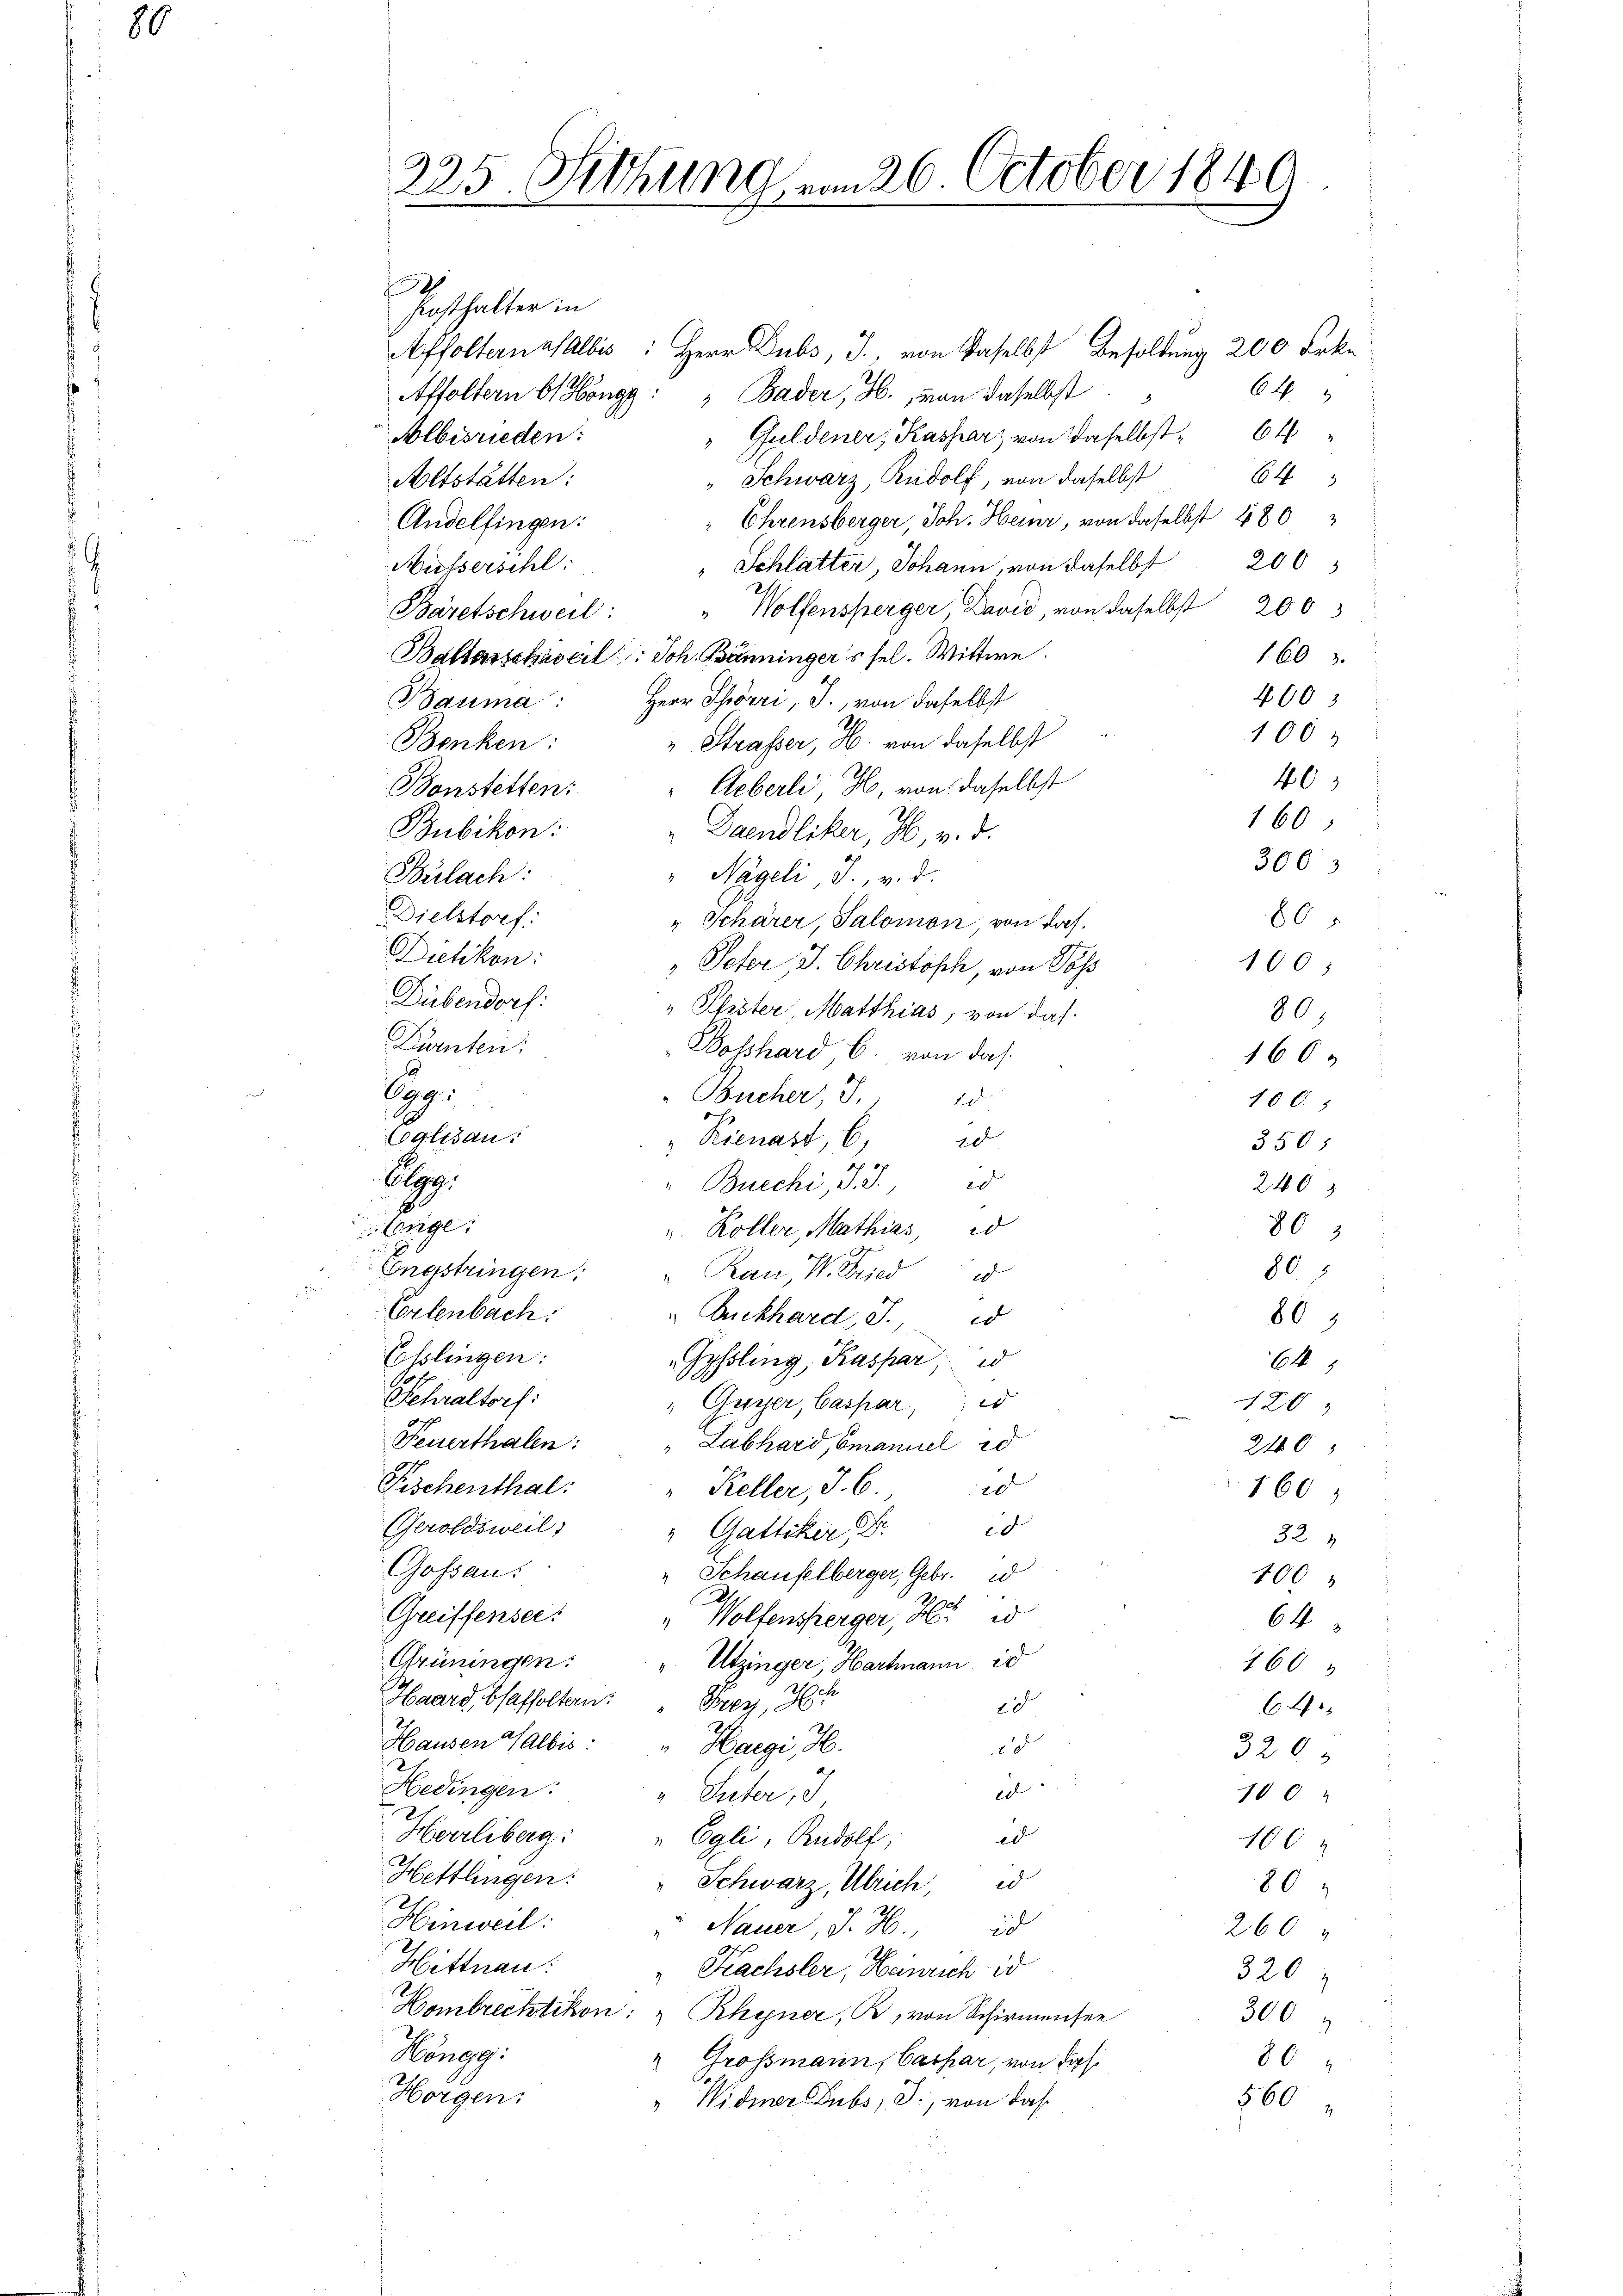
80

225 Sitzung vom 26. October 1840

Posthalter in
Affolternasalbis: Herr Dubs, J., von daselbst Besoldung 200 Frkn
64
Affoltern b Höngg: " Bader, H., von daselbst
 Guldener, Kassar, von daselbst
Albisrieden:
64
" Schwarz, Rudolf, von daselbst
Altstätten:
Ehrensberger, Joh. Heinr, von daselbst 480
Andelfingen:
" Schlatter, Johann, von daselbst 200
Musserschl
Bäretschweil: " Wolfensperger David, von daselbst 200
Baltarschaserl. Joh. Bänninger's sel. Wittwe.
1603
4003
Bauma: Herr Schörri, J., von daselbst
100
" Strasser, H. von daselbst
Benken:
46
Aeberli, H. von daselbst
Bonstetten:
160)
Bubikon:
"Daendliker, H. v. d.
Bulach:
" Nägeli J. v. d.
Dielstorf:
" Schärer, Salomon, von das
Dietikon:
Peter, J. Christisch, von Poss
Dübendorf:
" Pfister Matthias, von das
Dürnten:
Bosshard C. von das
Cop.
Bücher, S. 15
2
Calisau.
1
"Rienast, 6,
350;
Oepp
Bucchi, J. J. 23
240
lnge:
86
v. Koller, Mathias, ed
80
Emnestringen: " Rau, W. Fried d
Erlenbach:
Buckhard, d. d
80
Esslingen:
Gyssling, Kaspar, d
64
Fehraltorf:
" Guyer, Caspar, d
120
Feuerthalen:
Labhard, Emanuel 20
240
Fischenthal:
20
Keller, I. 6
160
(Geroldsweil
d
" Gattiker
32
Gossau:
" Schaufelberger, Gebr. 1
100
Greiffensee.
" Wolfensperger, Hr.
64
Grüningen:
Utzinger, Hartmann is
166
Haard, baffoltern:
Prey, H
d
64
Hausen Halbis:
2
Haegi H.
320.
2
Hedingen:
e
100
" Suter, d
d
Herrliberg: " Egli, Rudolf,
106
Hettlingen: " Schwarz, Ulrich, d
80
Hinweil:
 Nauer, J. H. d
260
Hittnau:
Kachsler, Henrich is
320
Hombrechtikon: " Rhyner, B., von Schirmensee
300
8
Höngg.
Grossmann, Cassar, von das
86
Horgen:
" Widmer Dubs, J., von das
560

300
60
100;
80)
1600
100